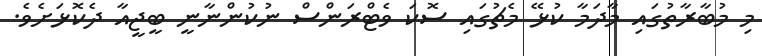
މި މުބާރާތުގައި މާދަމާ ކުޅޭ މެޗުގައި ސޮކަ ވެޓްރަންސް ނުކުންނާނީ ބީޖީއާ ދެކޮޅަށެވެ.